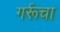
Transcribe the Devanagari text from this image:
गर्रूचा